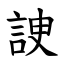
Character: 䛕